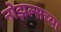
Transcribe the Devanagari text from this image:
नोझल्सच्या